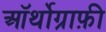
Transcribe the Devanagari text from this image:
ऑर्थोग्राफ़ी